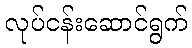
လုပ်ငန်းဆောင်ရွက်